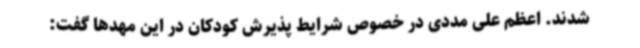
شدند. اعظم علی مددی در خصوص شرایط پذیرش کودکان در این مهدها گفت: